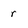
Character: r